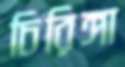
চিরিঙ্গা